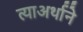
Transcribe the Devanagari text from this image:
त्याअर्थाने